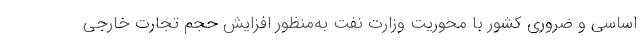
اساسی و ضروری کشور با محوریت وزارت نفت به‌منظور افزایش حجم تجارت خارجی